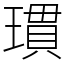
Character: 瑻